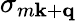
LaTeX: \sigma_{m\mathbf k+\mathbf q}